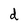
Character: d